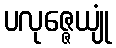
ပလုဇ္ဇေယျုံ